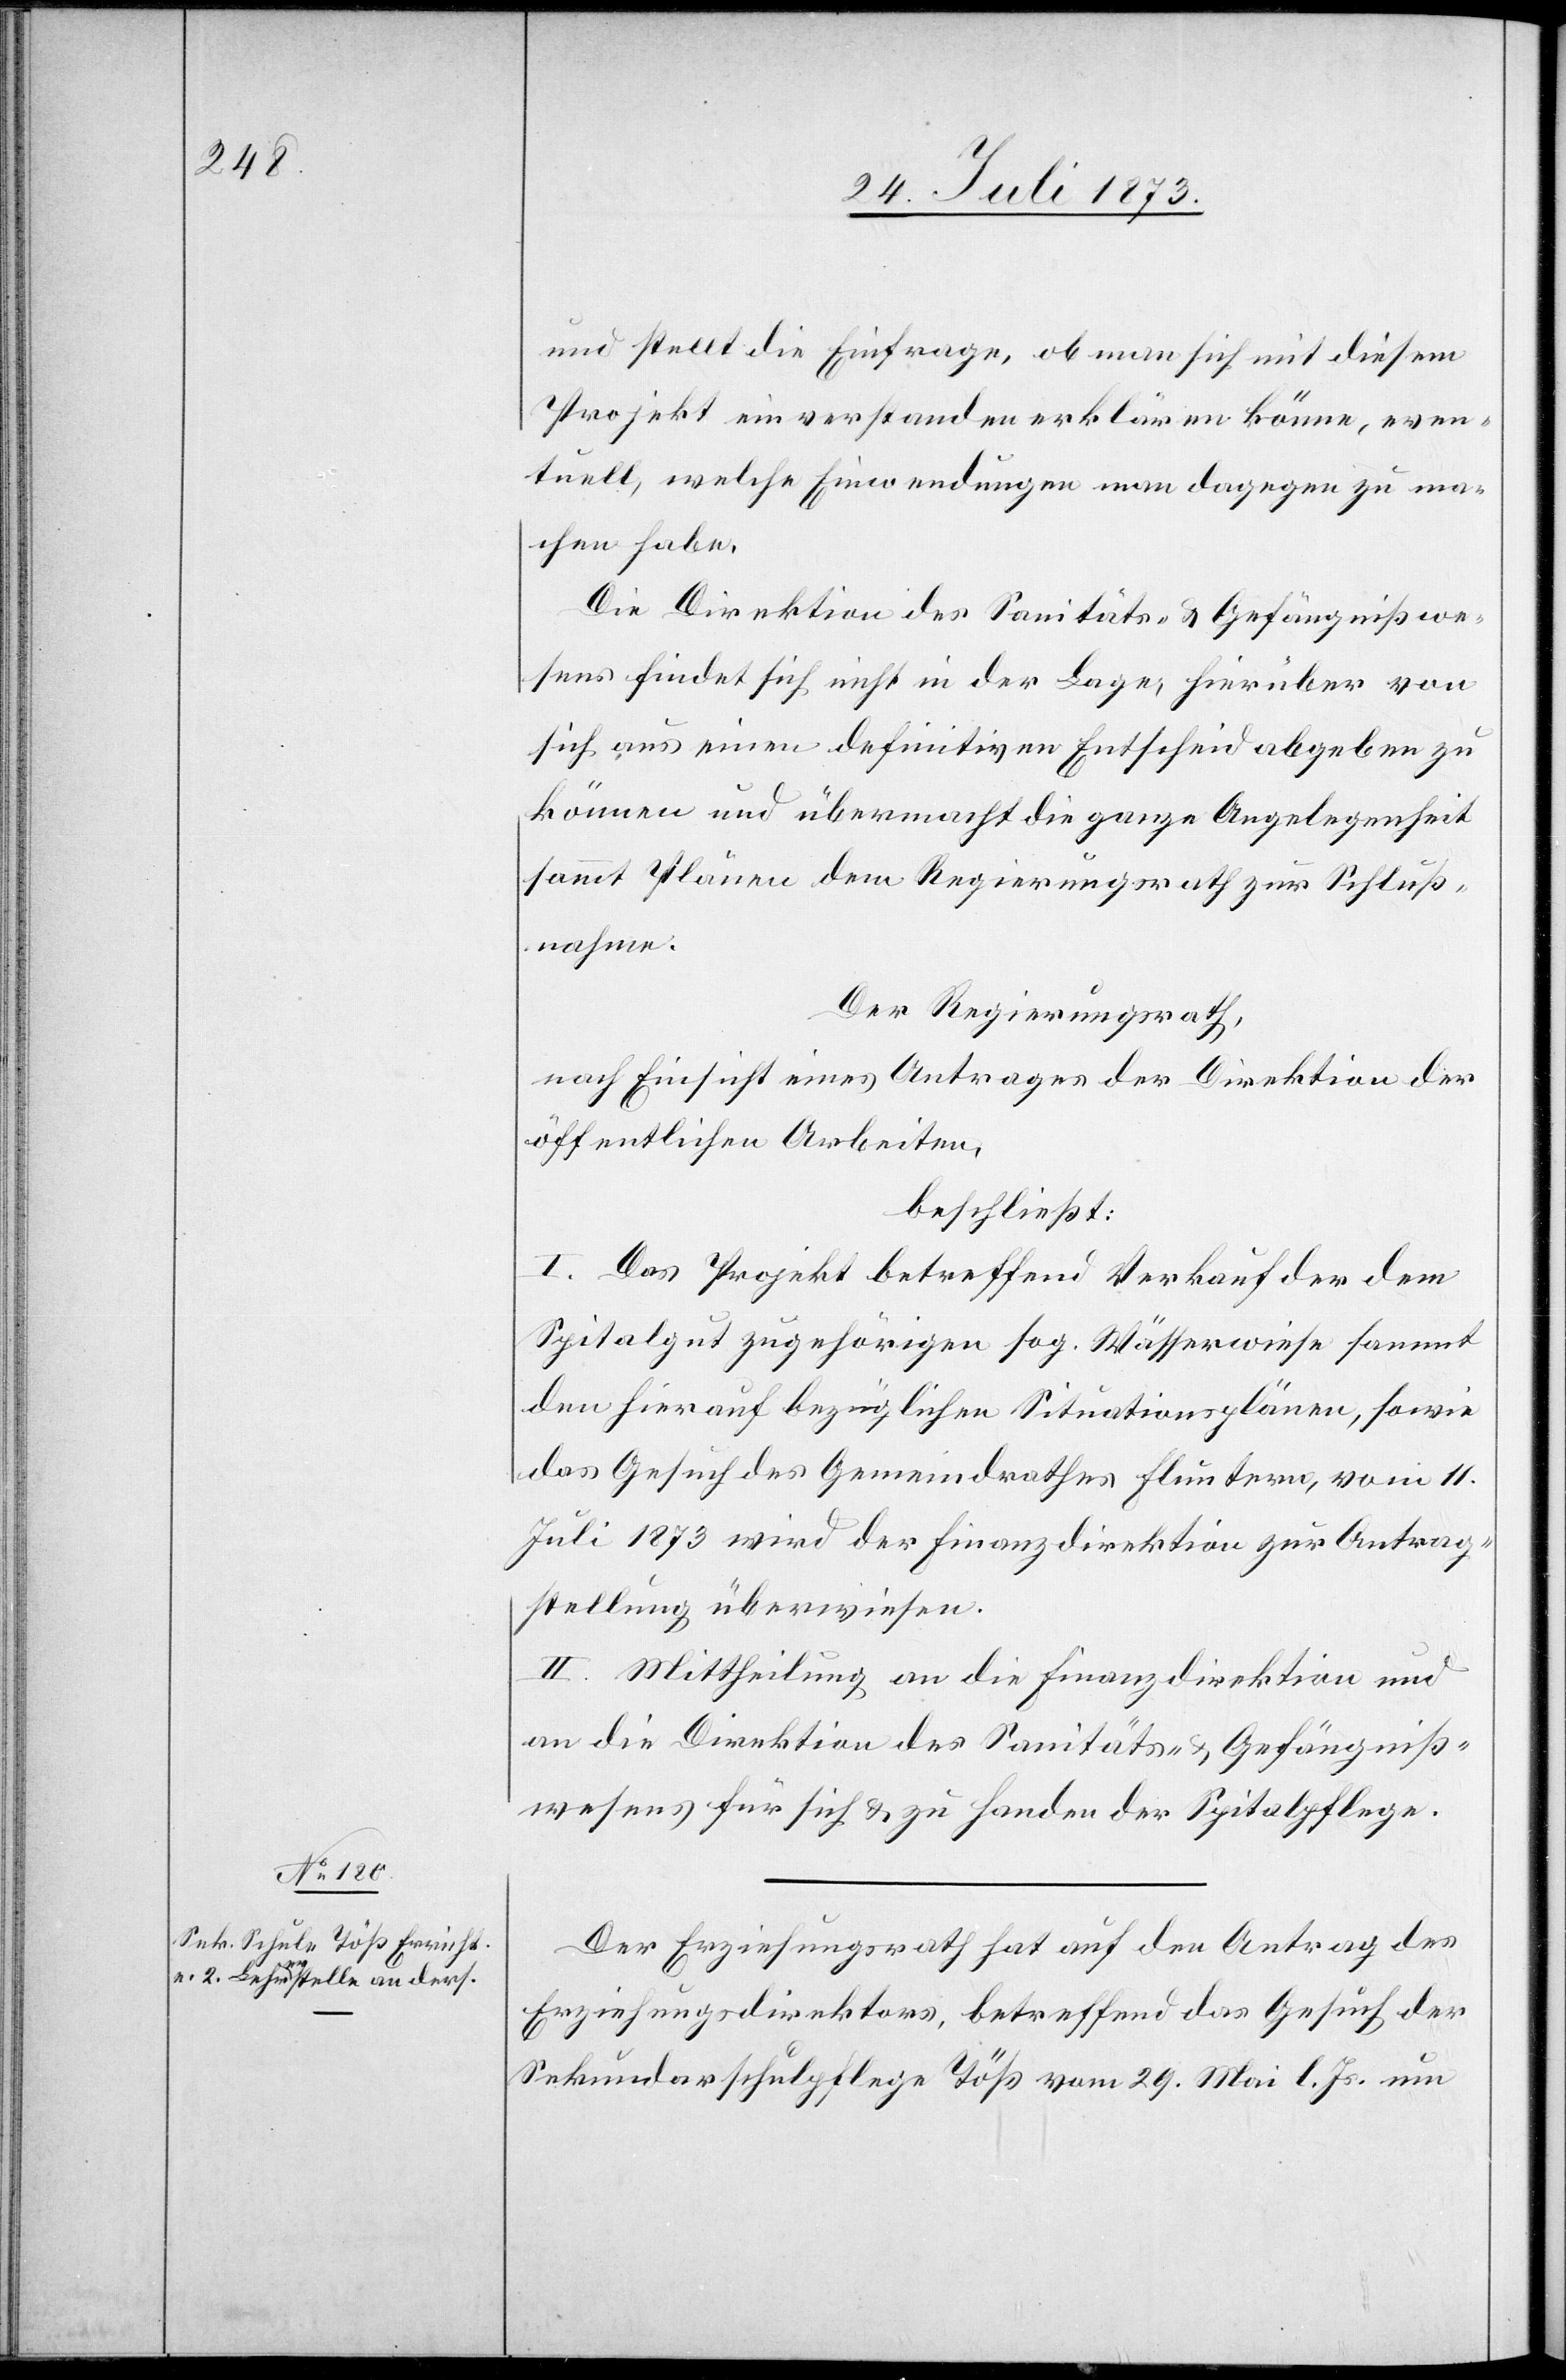
und stellt die Einfrage, ob man sich mit diesem
Projekt einverstanden erklären könne, even¬
tuell, welche Einwendungen man dagegen zu ma¬
chen habe.
Die Direktion des Sanitäts- & Gefängnißwe¬
sens findet sich nicht in der Lage, hierüber von
sich aus einen definitiven Entscheid abgeben zu
können und übermacht die ganze Angelegenheit
sammt Plänen dem Regierungsrath zur Schluß¬
nahme.
Der Regierungsrath,
nach Einsicht eines Antrages der Direktion der
öffentlichen Arbeiten,
beschließt:
I. Das Projekt betreffend Verkauf der dem
Spitalgut zugehörigen sog. Wässerwiese sammt
den hierauf bezüglichen Situationsplänen, sowie
das Gesuch des Gemeindrathes Fluntern, vom 11.
Juli 1873 wird der Finanzdirektion zur Antrag¬
stellung überwiesen.
II. Mittheilung an die Finanzdirektion und
an die Direktion des Sanitäts- & Gefängniß¬
wesens für sich & zu Handen der Spitalpflege.
Der Erziehungsrath hat auf den Antrag des
Erziehungsdirektors, betreffend das Gesuch der
Sekundarschulpflege Töß vom 29. Mai l. Js. um